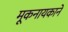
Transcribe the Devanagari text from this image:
मूकनायकाने